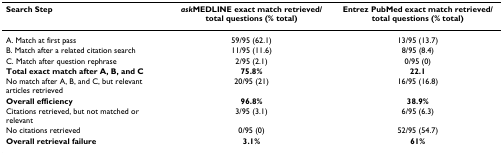
<table><thead><tr><td><b>Search Step</b></td><td><b><i>ask</i>MEDLINE exact match retrieved/total questions (% total)</b></td><td><b>Entrez PubMed exact match retrieved/total questions (% total)</b></td></tr></thead><tbody><tr><td>A. Match at first pass</td><td>59/95 (62.1)</td><td>13/95 (13.7)</td></tr><tr><td>B. Match after a related citation search</td><td>11/95 (11.6)</td><td>8/95 (8.4)</td></tr><tr><td>C. Match after question rephrase</td><td>2/95 (2.1)</td><td>0/95 (0)</td></tr><tr><td><b>Total exact match after A, B, and C</b></td><td><b>75.8%</b></td><td><b>22.1</b></td></tr><tr><td>No match after A, B, and C, but relevant articles retrieved</td><td>20/95 (21)</td><td>16/95 (16.8)</td></tr><tr><td><b>Overall efficiency</b></td><td><b>96.8%</b></td><td><b>38.9%</b></td></tr><tr><td>Citations retrieved, but not matched or relevant</td><td>3/95 (3.1)</td><td>6/95 (6.3)</td></tr><tr><td>No citations retrieved</td><td>0/95 (0)</td><td>52/95 (54.7)</td></tr><tr><td><b>Overall retrieval failure</b></td><td><b>3.1%</b></td><td><b>61%</b></td></tr></tbody></table>